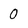
Character: 0